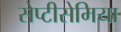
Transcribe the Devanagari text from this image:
सेप्टीसेमिया